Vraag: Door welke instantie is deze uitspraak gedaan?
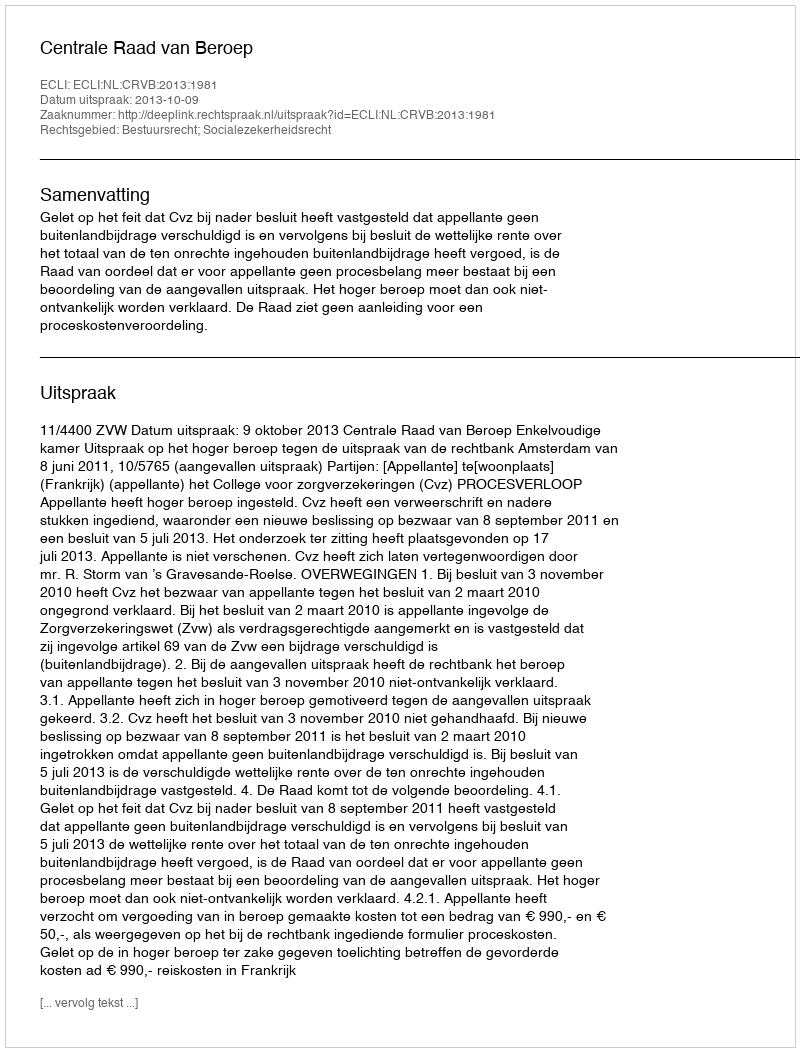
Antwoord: Centrale Raad van Beroep